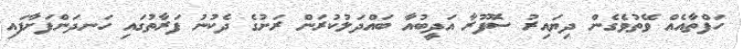
ހަފްތާއެއް ވޭތުވެގެން ދިޔައިރު ސޮފޫރާ އަދީބުއާ ބައްދަލުކުރަން ރަށުގެ ދެކުނު ފަރާތުގައި ހަނދަންފަށާފައި